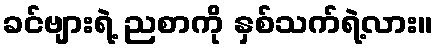
ခင်ဗျားရဲ့ ညစာကို နှစ်သက်ရဲ့လား။